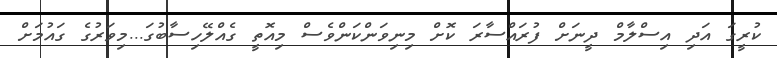
ކުރީގަ އަދި އިސްލާމް ދީނަށް ފުރައްސާރަ ކޮށް މިނިވަންކަންވެސް މިއޮތީ ގެއްލޭހިސާބުގަ...މިވަރުގެ ގައުމަށް